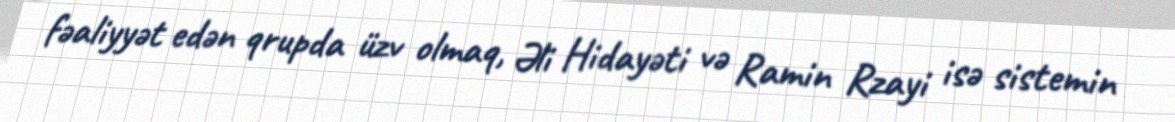
fəaliyyət edən qrupda üzv olmaq, Əli Hidayəti və Ramin Rzayi isə sistemin